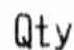
QTY